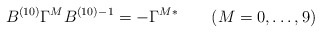
\begin{align*}B^{(10)}\Gamma^M B^{(10)}{}^{-1}=-\Gamma^M{}^* \qquad (M=0,\ldots, 9)\end{align*}